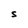
Character: S